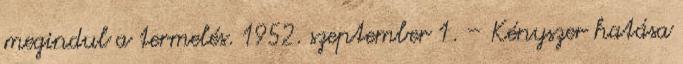
megindul a termelés. 1952. szeptember 1. – Kényszer hatása